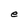
Character: e